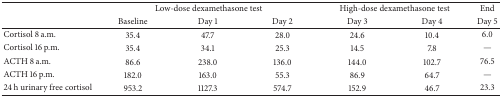
|  | <COLSPAN=3> Low-dose dexamethasone test | <COLSPAN=2> High-dose dexamethasone test | End |
 |  | Baseline | Day 1 | Day 2 | Day 3 | Day 4 | Day 5 |
 | --- | --- | --- | --- | --- | --- | --- |
 | Cortisol 8 a.m. | 35.4 | 47.7 | 28.0 | 24.6 | 10.4 | 6.0 |
 | Cortisol 16 p.m. | 35.4 | 34.1 | 25.3 | 14.5 | 7.8 | — |
 | ACTH 8 a.m. | 86.6 | 238.0 | 136.0 | 144.0 | 102.7 | 76.5 |
 | ACTH 16 p.m. | 182.0 | 163.0 | 55.3 | 86.9 | 64.7 | — |
 | 24 h urinary free cortisol | 953.2 | 1127.3 | 574.7 | 152.9 | 46.7 | 23.3 |